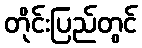
တိုင်းပြည်တွင်